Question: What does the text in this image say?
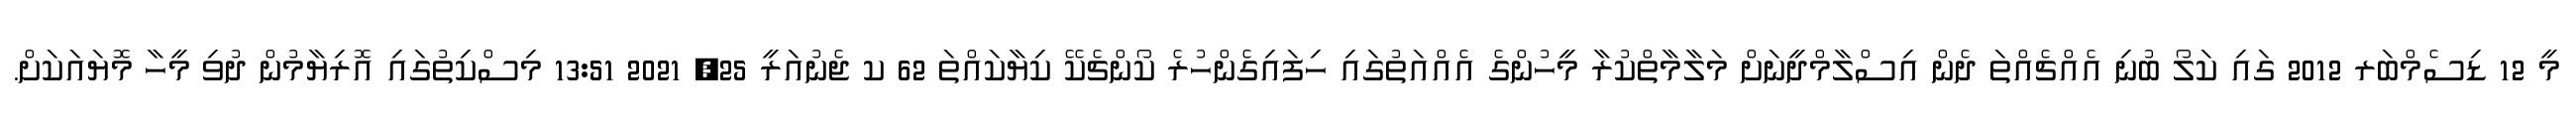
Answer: މީ 12 ޑިސެމްބަރ 2012 ގައި ކަލޯ ބުނި އެއްޗެއްތަ ދެން އިސްލާމްދީނަށް މަލާމާތްކުރާ މީހުންގެ އެއްއަތުގައި ހިފައިގެންހުރެ ކޯންޗެކޭ ކިޔާކައްތަ 62 ކ ޖެނުއަރީ 25, 2021 13:51 މިސްކިތުގައި އޮރިޔާމުން ދުވި މީހާ މޮޔައަކަށް.